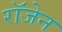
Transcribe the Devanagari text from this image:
रॉजेन